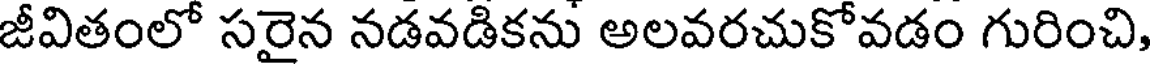
జీవితంలో సరైన నడవడికను అలవరచుకోవడం గురించి,